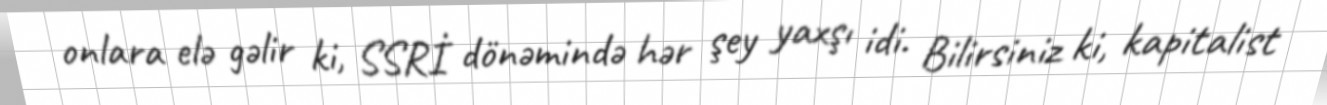
onlara elə gəlir ki, SSRİ dönəmində hər şey yaxşı idi. Bilirsiniz ki, kapitalist